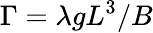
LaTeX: \Gamma={\lambda gL^{3}}/{B}